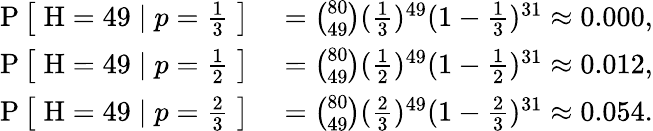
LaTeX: \begin{array}{rl}{\operatorname{P}{\big[}\; \mathrm{H}=49\mid p={\frac{1}{3}}\; {\big]}}&{{}={\binom{80}{49}}({\frac{1}{3}})^{49}(1-{\frac{1}{3}})^{31}\approx 0.000,}\\ {\operatorname{P}{\big[}\; \mathrm{H}=49\mid p={\frac{1}{2}}\; {\big]}}&{{}={\binom{80}{49}}({\frac{1}{2}})^{49}(1-{\frac{1}{2}})^{31}\approx 0.012,}\\ {\operatorname{P}{\big[}\; \mathrm{H}=49\mid p={\frac{2}{3}}\; {\big]}}&{{}={\binom{80}{49}}({\frac{2}{3}})^{49}(1-{\frac{2}{3}})^{31}\approx 0.054.}\end{array}